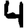
Digit: 4